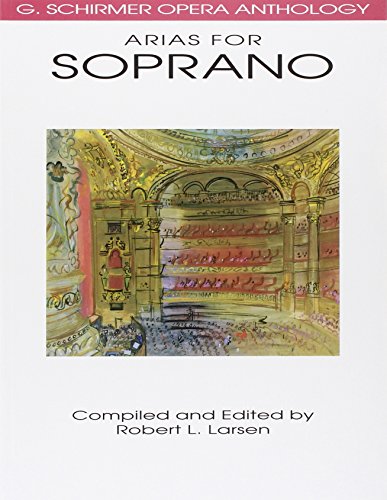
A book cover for Arias for Soprano: G. Schirmer Opera Anthology (G. Schrimer Opera Anthology); Humor & Entertainment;